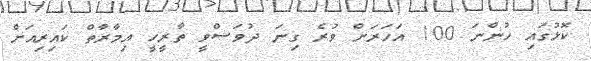
ކޮޅުގައި ހުންނަ 100 އަހަރަށް ވުރެ ގިނަ ދުވަސްވީ ތާރީހީ އިމާރާތް ކައިރިއަށް